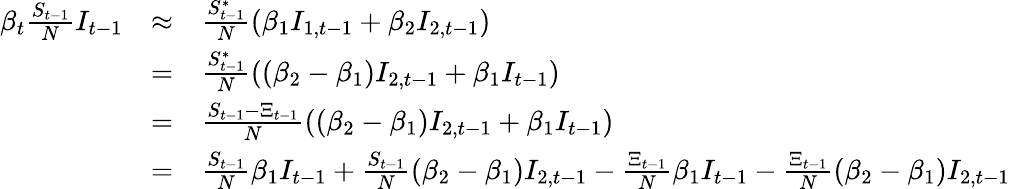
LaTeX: \begin{array}{rcl}{\beta_{t}\frac{S_{t-1}}{N}I_{t-1}}&{\approx}&{\frac{S_{t-1}^{*}}{N}(\beta_{1}I_{1,t-1}+\beta_{2}I_{2,t-1})}\\ &{=}&{\frac{S_{t-1}^{*}}{N}\left((\beta_{2}-\beta_{1})I_{2,t-1}+\beta_{1}I_{t-1}\right)}\\ &{=}&{\frac{S_{t-1}-\Xi_{t-1}}{N}\left((\beta_{2}-\beta_{1})I_{2,t-1}+\beta_{1}I_{t-1}\right)}\\ &{=}&{\frac{S_{t-1}}{N}\beta_{1}I_{t-1}+\frac{S_{t-1}}{N}(\beta_{2}-\beta_{1})I_{2,t-1}-\frac{\Xi_{t-1}}{N}\beta_{1}I_{t-1}-\frac{\Xi_{t-1}}{N}(\beta_{2}-\beta_{1})I_{2,t-1}}\end{array}